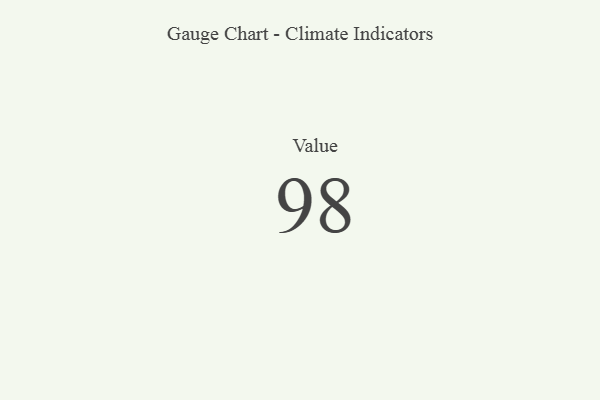
{"axis": {"x": "Metric", "y": "Value"}, "legend": [""], "data": [{"x": "Value", "y": 98, "type": ""}]}